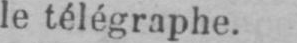
le télégraphe.